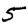
Digit: 5